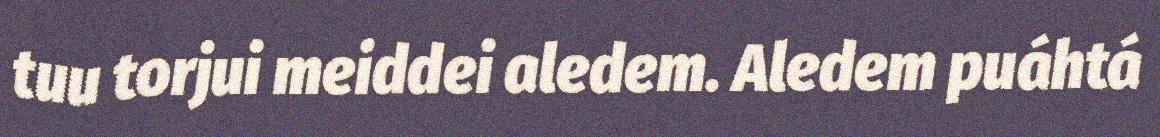
tuu torjui meiddei aledem. Aledem puáhtá